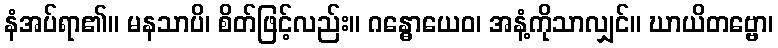
နံအပ်ရာ၏။ မနသာပိ၊ စိတ်ဖြင့်လည်း။ ဂန္ဓောယေဝ၊ အနံ့ကိုသာလျှင်။ ဃာယိတဗ္ဗော၊